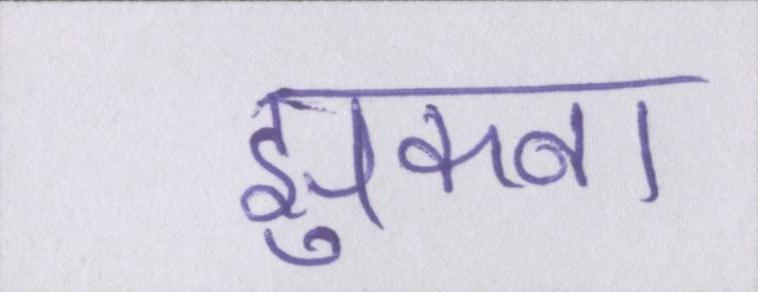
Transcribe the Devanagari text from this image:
झुकना